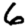
Digit: 6